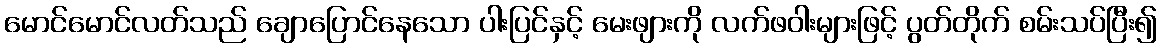
မောင်မောင်လတ်သည် ချောပြောင်နေသော ပါးပြင်နှင့် မေးဖျားကို လက်ဖဝါးများဖြင့် ပွတ်တိုက် စမ်းသပ်ပြီး၍